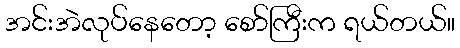
အင်းအဲလုပ်နေတော့ စော်ကြီးက ရယ်တယ်။